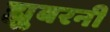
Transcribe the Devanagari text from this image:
ह्युबरनी